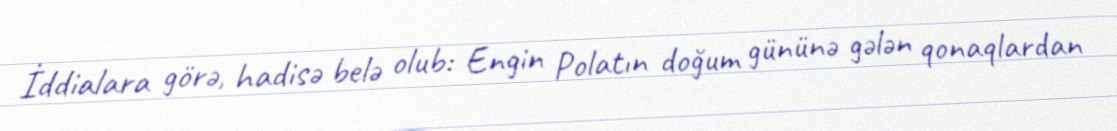
İddialara görə, hadisə belə olub: Engin Polatın doğum gününə gələn qonaqlardan